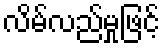
လိမ်လည်မှုဖြင့်